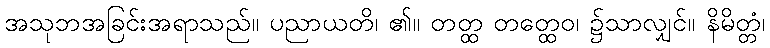
အသုဘအခြင်းအရာသည်။ ပညာယတိ၊ ၏။ တတ္ထ တတ္ထေဝ၊ ၌သာလျှင်။ နိမိတ္တံ၊